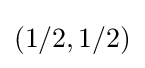
(1/2,1/2)